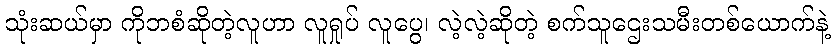
သုံးဆယ်မှာ ကိုဘစံဆိုတဲ့လူဟာ လူရှုပ် လူပွေ၊ လဲ့လဲ့ဆိုတဲ့ စက်သူဌေးသမီးတစ်ယောက်နဲ့